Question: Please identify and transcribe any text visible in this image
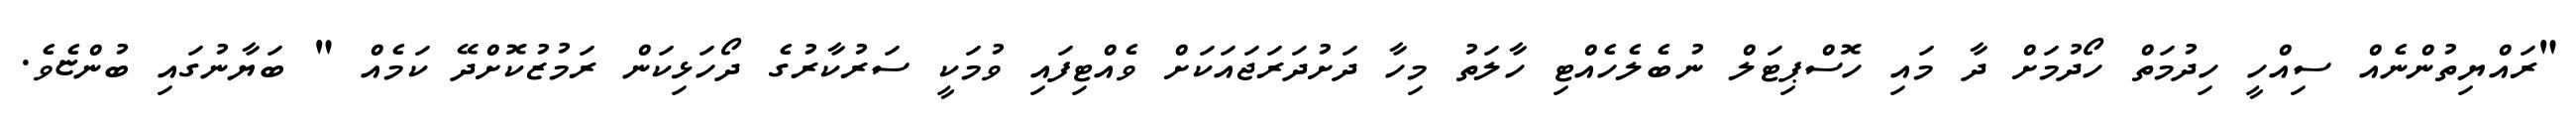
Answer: "ރައްޔިތުންނެއް ސިއްހީ ހިދުމަތް ހޯދުމަށް ދާ މައި ހޮސްޕިޓަލް ނުބެލެހެއްޓި ހާލަތު މިހާ ދަށުދަރަޖައަކަށް ވެއްޓިފައި ވުމަކީ ސަރުކާރުގެ ދޯހަޅިކަން ރަމުޒުކޮށްދޭ ކަމެއް " ބަޔާނުގައި ބުންޏެވެ.